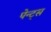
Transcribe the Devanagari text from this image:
पेन्ट्‌स